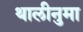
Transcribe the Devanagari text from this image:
थालीनुमा